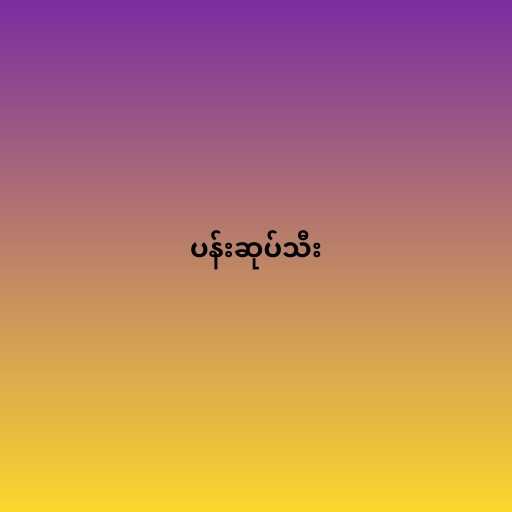
ပန်းဆုပ်သီး